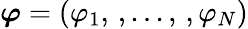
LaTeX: \boldsymbol{\varphi}=(\varphi_{1},\, ,...,\, ,\varphi_{N})